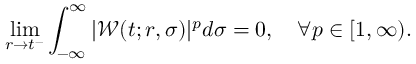
\operatorname* { l i m } _ { r \rightarrow t ^ { - } } \int _ { - \infty } ^ { \infty } | \mathcal { W } ( t ; r , \sigma ) | ^ { p } d \sigma = 0 , \quad \forall p \in [ 1 , \infty ) .